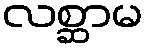
လစ္ဆာမ